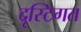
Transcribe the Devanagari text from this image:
दृस्टिगत